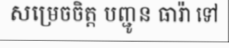
សម្រេចចិត្ត បញ្ជូន ធារ៉ា ទៅ